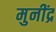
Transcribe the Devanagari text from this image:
मुनींद्र